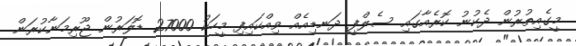
މީގެއިތުރުން ދެކުނު ކޮރެއާގައި ސެލްފީ ދަނޑިއެއް ވިއްކައިފި މީހަކު 27000 ޑޮލަރުން ޖޫރިމަނާކުރަން